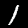
Digit: 1